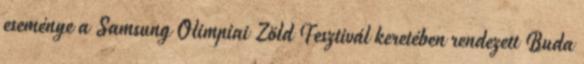
eseménye a Samsung Olimpiai Zöld Fesztivál keretében rendezett Buda